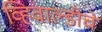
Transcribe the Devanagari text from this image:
व्हिवाल्डीचे